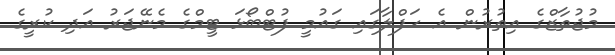
މުޖުތާޒްގެ އިތުރުން އެ ހަފްލާގައި ގައުމީ ފުޓްބޯޅަ ޓީމްގެ މެނޭޖަރު އަދި ކުރީގެ